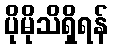
ပိုမိုသိရှိရန်